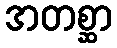
အတစ္ဆာ